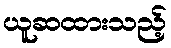
ယူဆထားသည့်